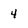
Character: 4